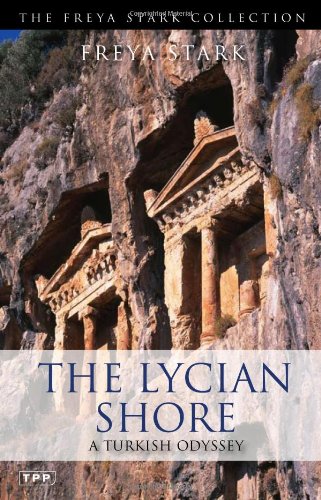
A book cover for The Lycian Shore (The Freya Stark Collection); Freya Stark; Travel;